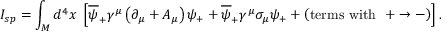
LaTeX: I _ { s p } = \int _ { M } d ^ { 4 } x \ \left[ \overline { { { \psi } } } _ { + } \gamma ^ { \mu } \left( \partial _ { \mu } + A _ { \mu } \right) \psi _ { + } + \overline { { { \psi } } } _ { + } \gamma ^ { \mu } \sigma _ { \mu } \psi _ { + } + \left( \mathrm { t e r m s ~ w i t h ~ ~ } + \rightarrow - \right) \right] .